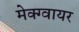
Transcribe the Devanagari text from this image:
मेक्ग्वायर